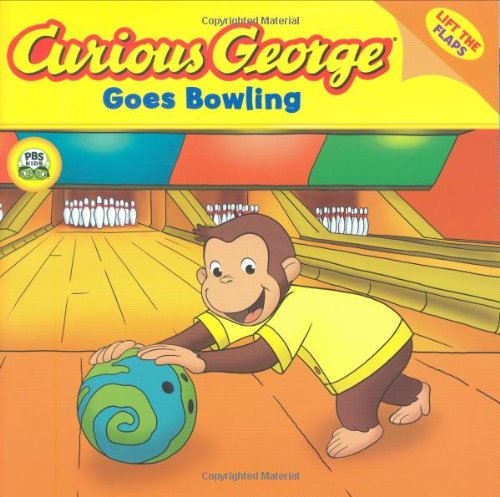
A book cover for Curious George Goes Bowling (CGTV Lift-the-Flap 8x8); H. A. Rey; Children's Books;